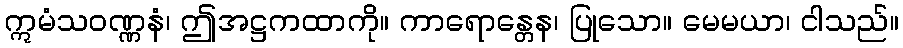
ဣမံသဝဏ္ဏနံ၊ ဤအဋ္ဌကထာကို။ ကာရောန္တေန၊ ပြုသော။ မေမယာ၊ ငါသည်။